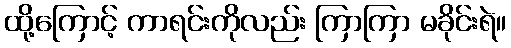
ထို့ကြောင့် ကာရင်းကိုလည်း ကြာကြာ မခိုင်းရဲ။